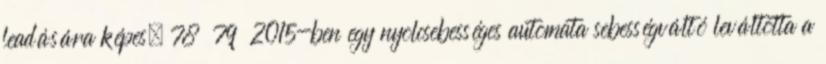
leadására képes. 78 79 2015-ben egy nyolcsebességes automata sebességváltó leváltotta a